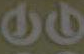
طن